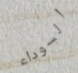
السوداء